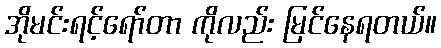
အိုမင်းရင့်ရော်တာ ကိုလည်း မြင်နေရတယ်။